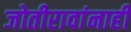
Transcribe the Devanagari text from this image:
जोतीरावांनाही